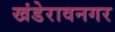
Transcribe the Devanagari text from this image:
खंडेरावनगर